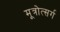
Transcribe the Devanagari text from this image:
मूत्रोत्सर्ग